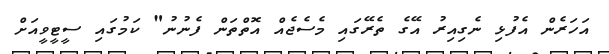
އަހަރެން އެފުޅި ނެގިއިރު އޭގެ ތެރޭގައި މެސެޖެއް އޮތްތަން ފެނުނު" ކަމުގައި ސީޓީވީއަށް